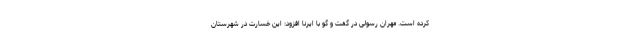
کرده است. مهران رسولی در گفت و گو با ایرنا افزود: این خسارت در شهرستان